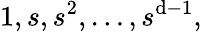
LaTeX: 1,s,s^{2},\ldots,s^{\mathrm{d}-1},